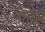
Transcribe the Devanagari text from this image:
रोबर्ज